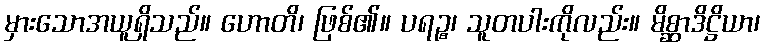
မှားသောအယူရှိသည်။ ဟောတိ၊ ဖြစ်၏။ ပရဉ္စ၊ သူတပါးကိုလည်း။ မိစ္ဆာဒိဋ္ဌိယာ၊